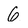
Character: 6